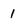
Character: 1